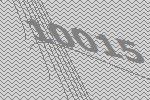
10015